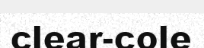
clear-cole